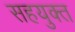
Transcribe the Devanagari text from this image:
सहयुक्त